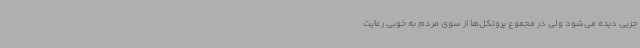
جزیی دیده می‌شود ولی در مجموع پروتکل‌ها از سوی مردم به خوبی رعایت